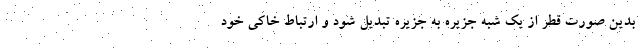
بدین صورت قطر از یک شبه جزیره به جزیره تبدیل شود و ارتباط خاکی خود